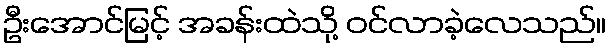
ဦးအောင်မြင့် အခန်းထဲသို့ ဝင်လာခဲ့လေသည်။